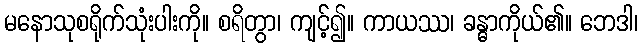
မနောသုစရိုက်သုံးပါးကို။ စရိတွာ၊ ကျင့်၍။ ကာယဿ၊ ခန္ဓာကိုယ်၏။ ဘေဒါ၊